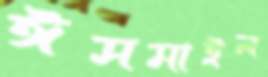
ঈসমাইল